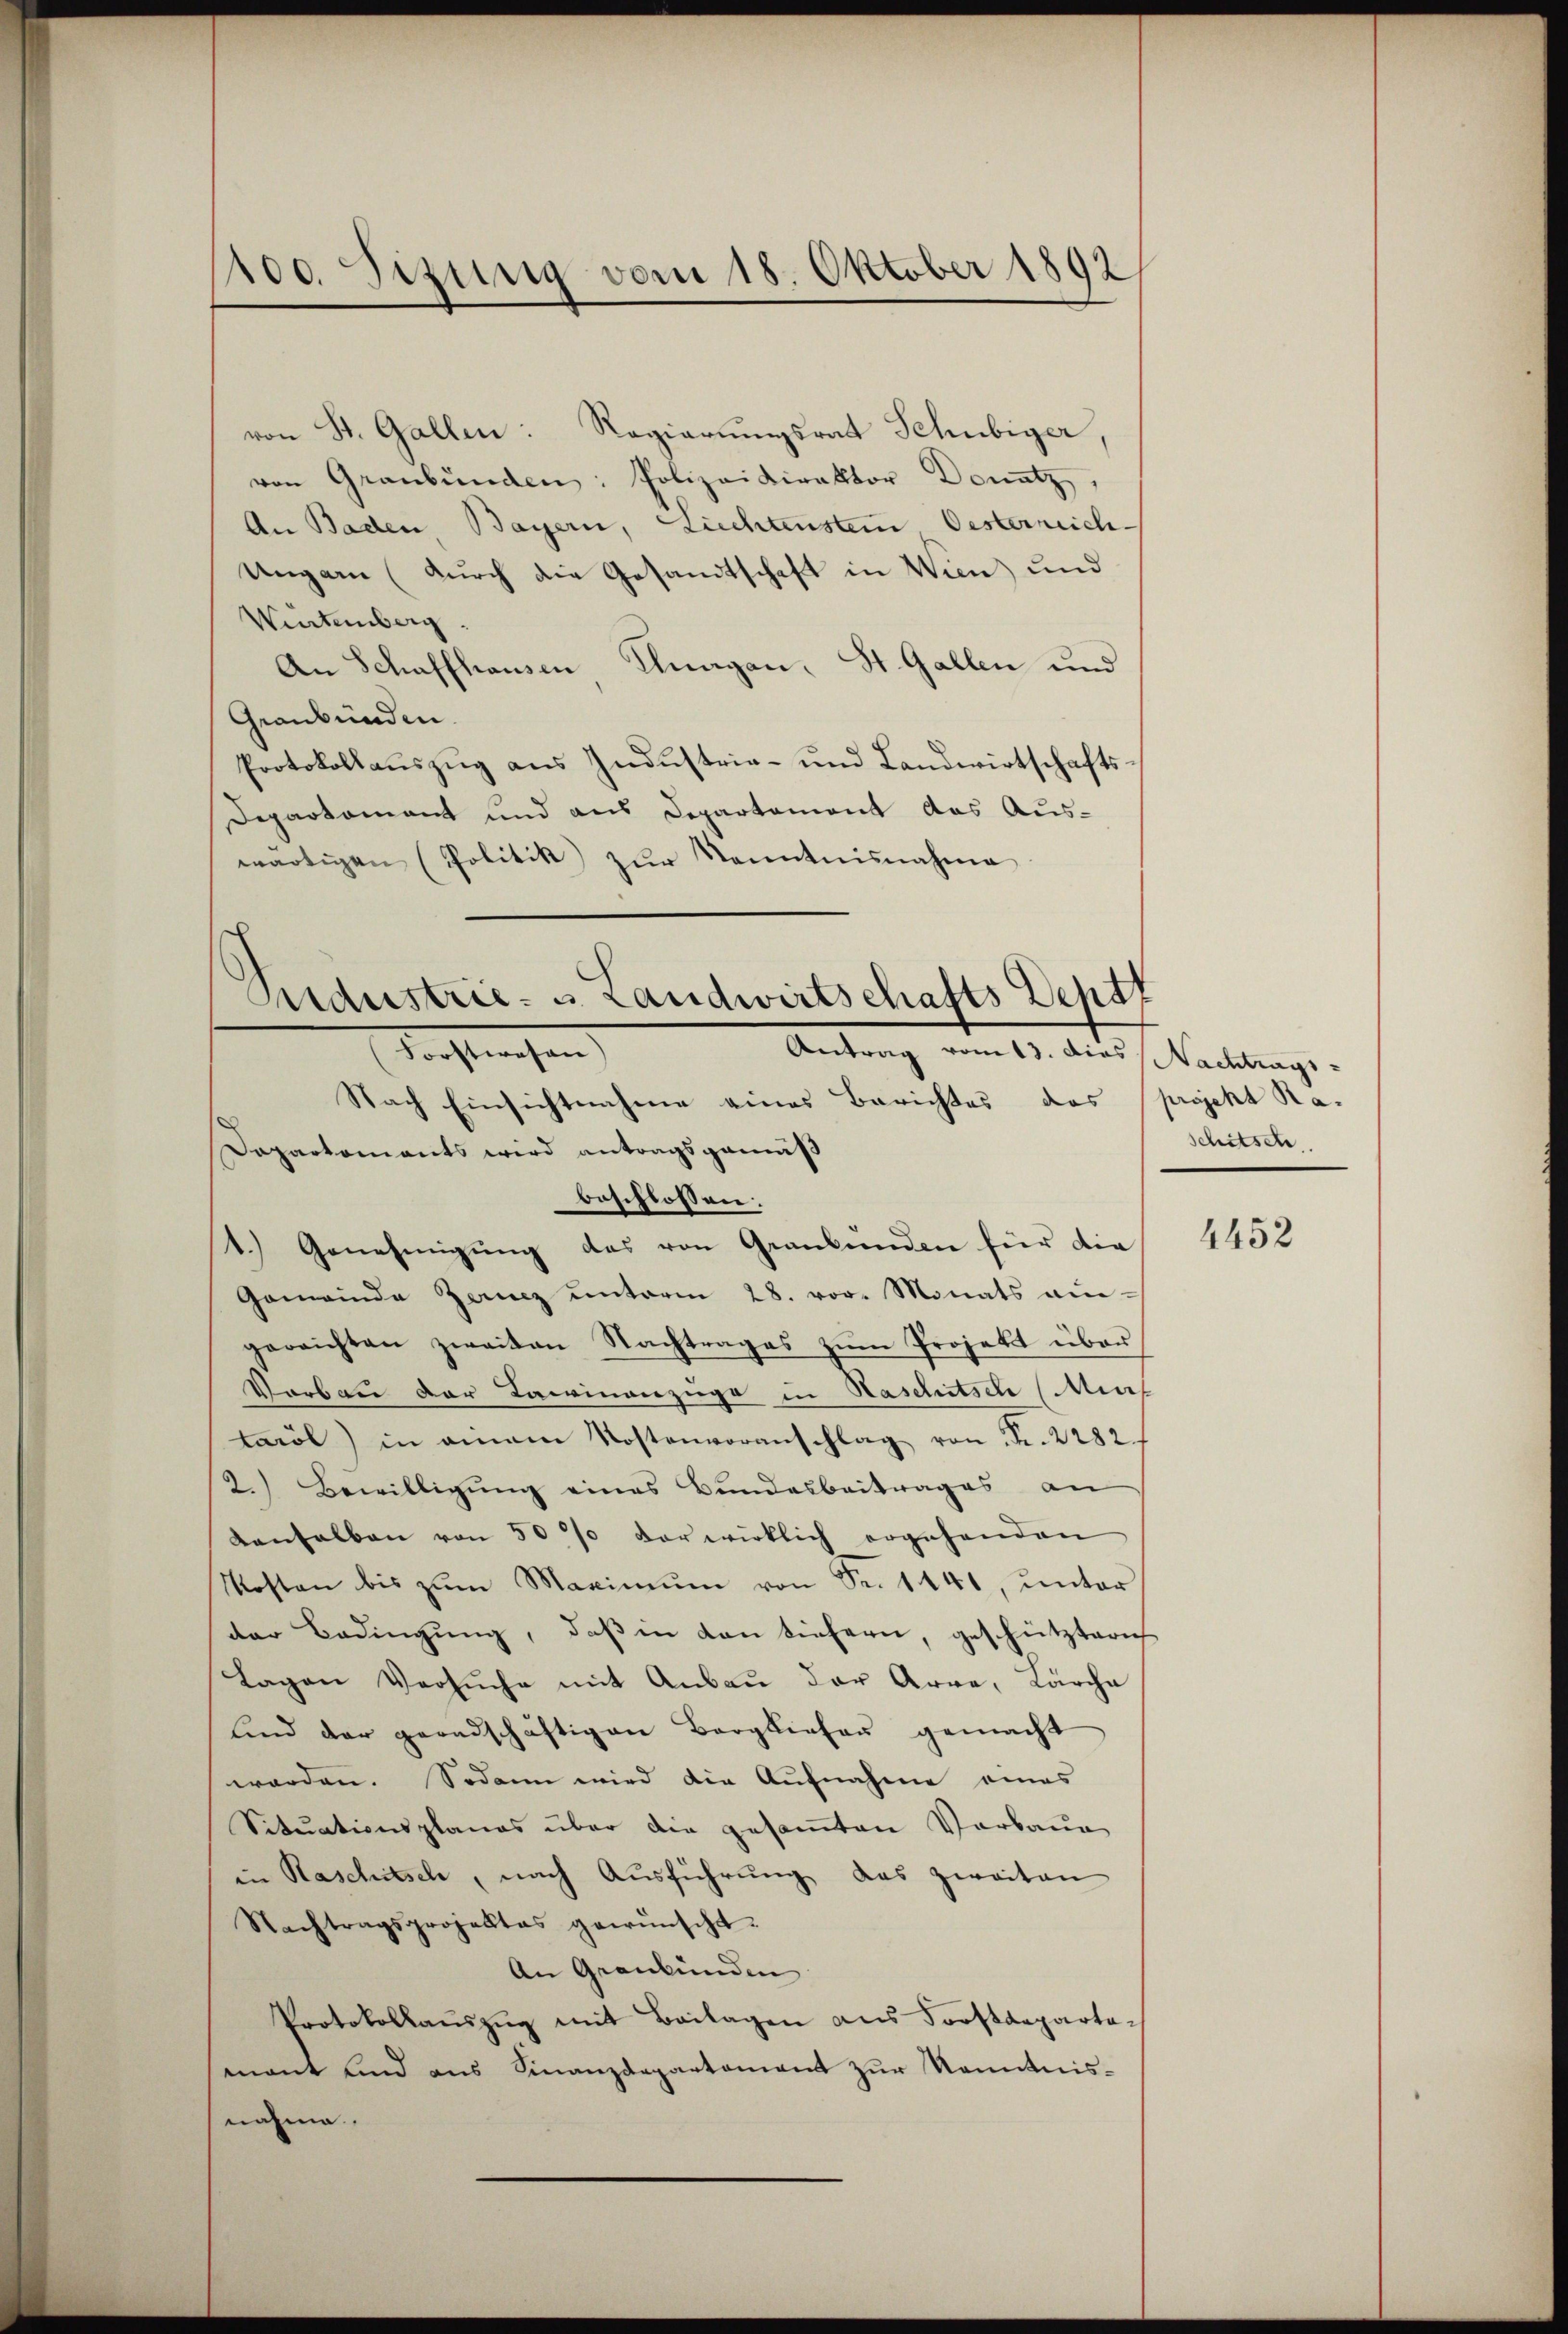
100. Sizung vom 18. Oktober 1892

von St. Gallen: Regierungsrat Schubiger,
von Graubünden: Polizeidirektor Donatz,
An Baden Bayern, Liechtenstein Oesterreich-
Ungarn (durch die Gesandtschaft in Wien und
Wartenberg.
An Schaffhausen Klagan, St. Gallen und
Graubünden
Protokollaŭszŭg aŭs Indŭstrie- und Landwirtschafts-
Departomant und aus Departement das Auswärtigen (Politik zur Kenntnisnahme

ndustrie- u. Landwirtschafts Deput
Tochterchen
Antrag vom 13. dies Nachtrags

Nach Einsichtnahme eines Berichtes das projekt Ra-
Dapartomants wird antragsgemäß
beschlossen:
1.) Genehmigŭng das von Graubünden für die
Gemeinde Zernz ŭnterm 28. vor. Monats an-
gerrichten zweiten Nachtrages zŭm Projekt über
Verbau der Kaminanzüge in Haselntsch (MMif
taröl) in einem Kostenvoranschlag von Fr. 2282.
2.) Bewilligung eines Bundesbeitrages an
anhalben von 50 % der wirklich ergehenden
Kosten bis zŭm Maximŭm von Fr. 1441, ŭnter
der Bedingung, daß in den tiefern, geschütztern
Lagen Versuche mit Anbau der Arra, Lärche
lind der geradschäftigen Borglieher gemacht
worden. Sodann wird die Aufnahme eines
Situationsplanes über die gesamten Vorbaue
in Raschitsch, nach Ausführung das zweiten
Nachtragsprojektes gewünscht.
An Graubünden
Protokollaŭszŭg mit Beilagen aus Forstdeparta-
mant und aus Finanzdepartament zur Kenntnisnahme.

schitsch

4452